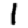
Digit: 1